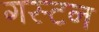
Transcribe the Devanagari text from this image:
गस्टन